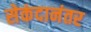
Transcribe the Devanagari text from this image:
सेकंदानंतर